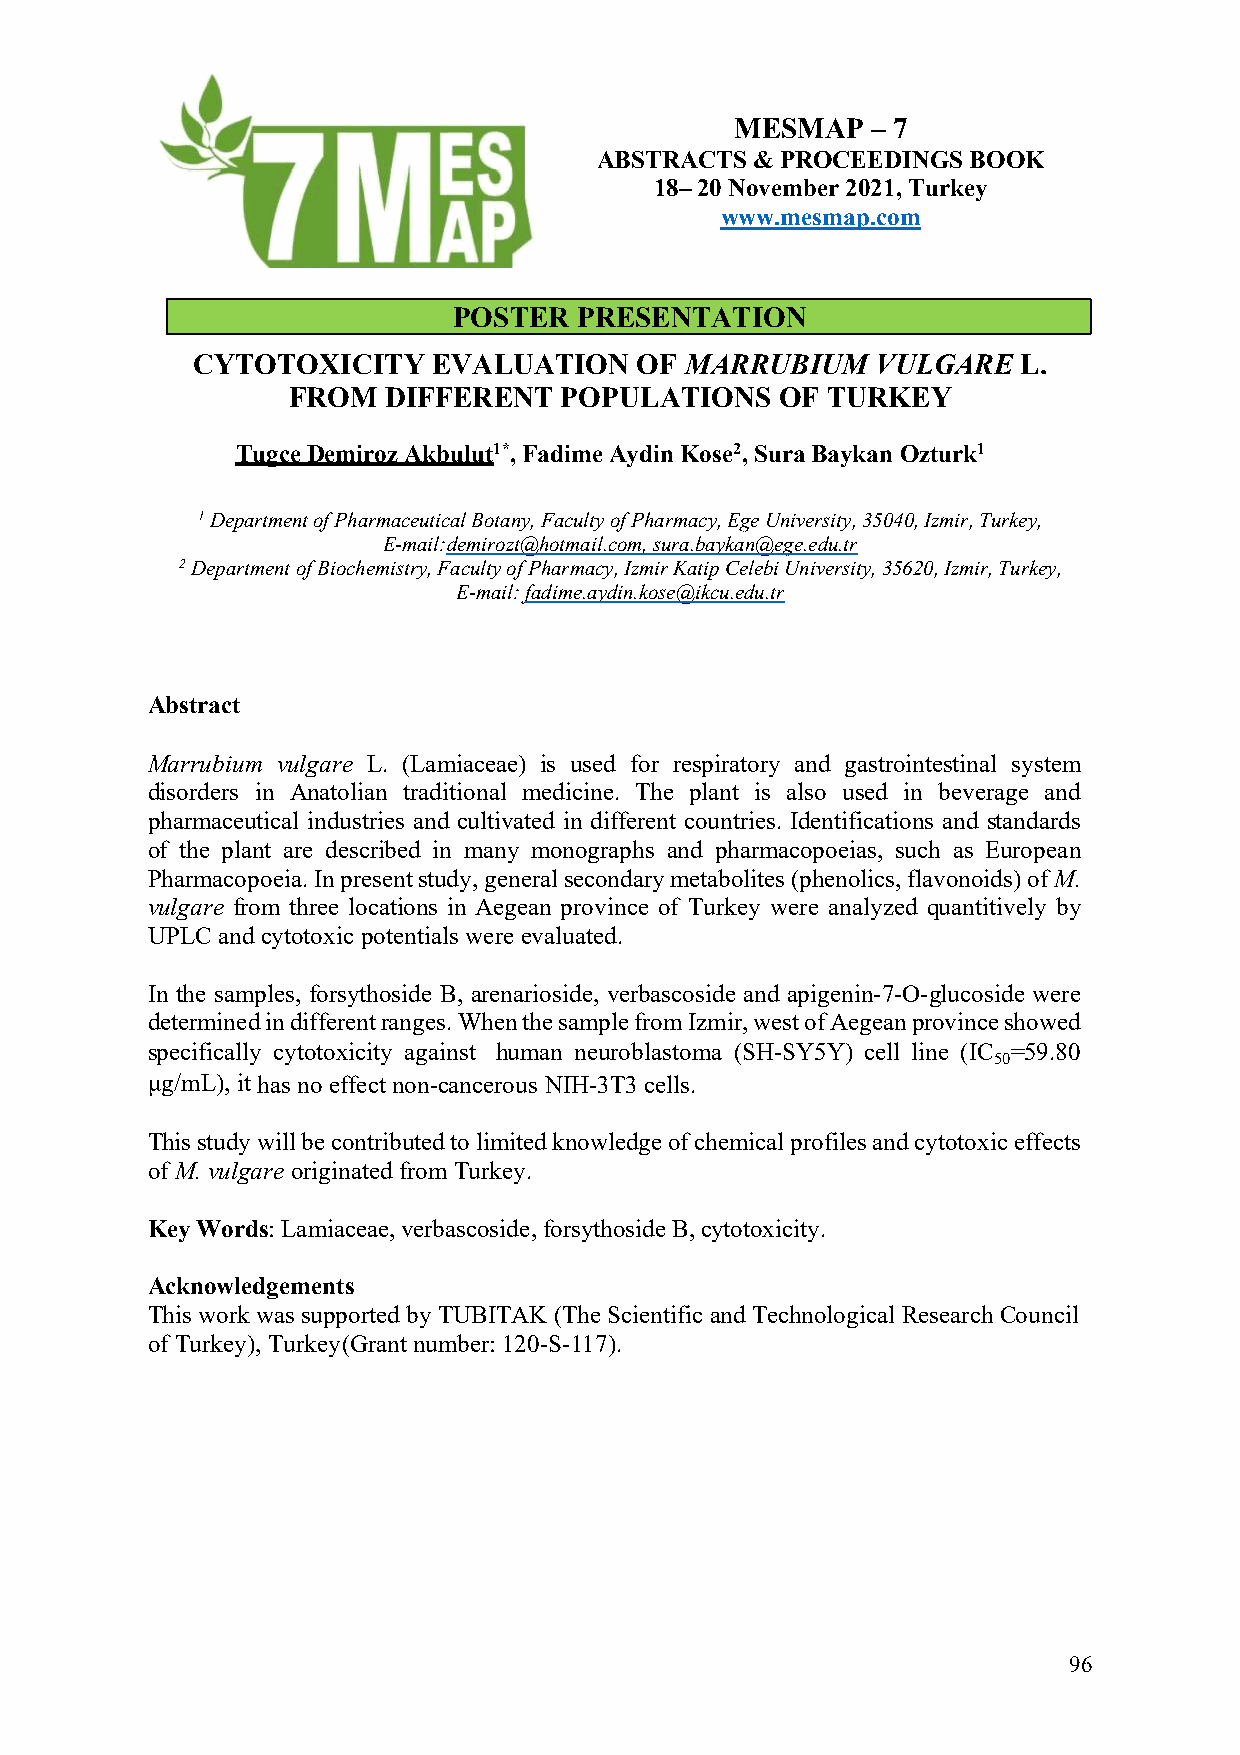
MESMAP   – 7
 ABSTRACTS  & PROCEEDINGS BOOK
 18– 20 November 2021, Turkey
 www.mesmap.com
 POSTER  PRESENTATION
 CYTOTOXICITY    EVALUATION   OF MARRUBIUM    VULGARE   L.
 FROM  DIFFERENT   POPULATIONS    OF TURKEY
 Tugce Demiroz Akbulut1*, Fadime Aydin Kose2, Sura Baykan Ozturk1
 1 Department of Pharmaceutical Botany, Faculty of Pharmacy, Ege University, 35040, Izmir, Turkey,
 E-mail: demirozt@hotmail.com, sura.baykan@ege.edu.tr
 2 Department of Biochemistry, Faculty of Pharmacy, Izmir Katip Celebi University, 35620, Izmir, Turkey,
 E- mail: fadime.aydin.kose@ikcu.edu.tr
 Abstract
 Marrubium vulgare L. (Lamiaceae) is used for respiratory and gastrointestinal system
 disorders in Anatolian traditional medicine. The plant is also used in beverage and
 pharmaceutical industries and cultivated in different countries. Identifications and standards
 of the plant are described in many monographs and pharmacopoeias, such as European
 Pharmacopoeia. In present study, general secondary metabolites (phenolics, flavonoids) of M.
 vulgare from three locations in Aegean province of Turkey were analyzed quantitively by
 UPLC and cytotoxic potentials were evaluated.
 In the samples, forsythoside B, arenarioside, verbascoside and apigenin-7-O-glucoside were
 determined in different ranges. When the sample from Izmir, west of Aegean province showed
 specifically cytotoxicity against human neuroblastoma (SH-SY5Y) cell line (IC =59.80
 50
 µg/mL), it has no effect non-cancerous NIH-3T3 cells.
 This study will be contributed to limited knowledge of chemical profiles and cytotoxic effects
 of M. vulgare originated from Turkey.
 Key Words: Lamiaceae, verbascoside, forsythoside B, cytotoxicity.
 Acknowledgements
 This work was supported by TUBITAK (The Scientific and Technological Research Council
 of Turkey), Turkey (Grant number: 120-S-117).
 96